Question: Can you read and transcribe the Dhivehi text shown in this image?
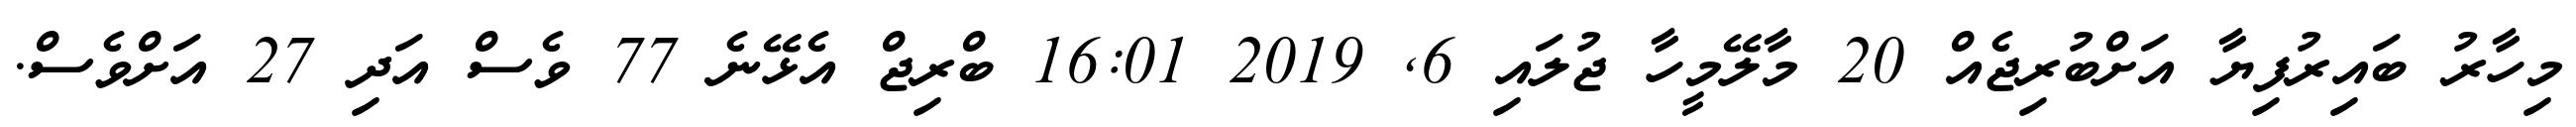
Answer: މިހާރު ބައިރުފިޔާ އަށްބުރިޖެއް 20 މާލޭމީހާ ޖުލައި 6, 2019 16:01 ބްރިޖް އެޅޭނެ 77 ވެސް އަދި 27 އަށްވެސް.